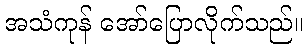
အသံကုန် အော်ပြောလိုက်သည်။